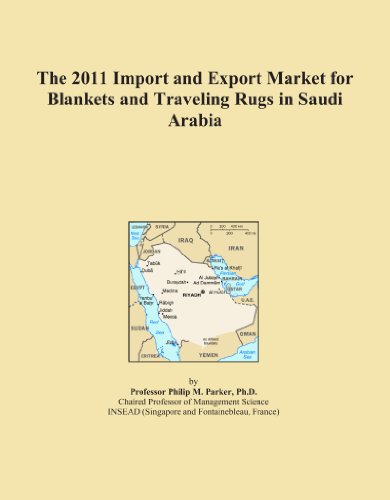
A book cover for The 2011 Import and Export Market for Blankets and Traveling Rugs in Saudi Arabia; Icon Group International; Travel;